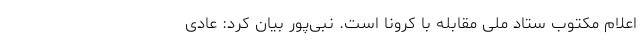
اعلام مکتوب ستاد ملی مقابله با کرونا است. نبی‌پور بیان کرد: عادی‌